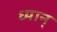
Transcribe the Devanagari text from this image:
ध्यान्